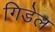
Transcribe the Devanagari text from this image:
गिडेल